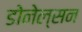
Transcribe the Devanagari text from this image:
डोनेल्सन